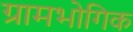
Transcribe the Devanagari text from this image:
ग्रामभोगिक